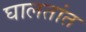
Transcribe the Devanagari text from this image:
घालतांत